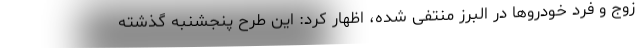
زوج و فرد خودروها در البرز منتفی شده، اظهار کرد: این طرح پنجشنبه گذشته